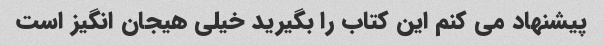
پیشنهاد می کنم این کتاب را بگیرید خیلی هیجان انگیز است